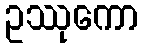
ဥဿုကော